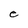
Character: e